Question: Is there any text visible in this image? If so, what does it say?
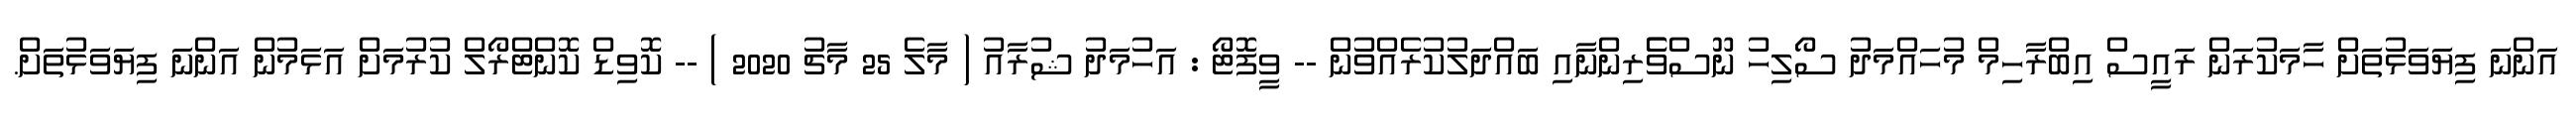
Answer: އަންނަ ފިޔަވަޅުތަށް ހާމަކުރަން ރައީސް އިބްރާހިމް މުހައްމަދު ސޯލިހު ނޫސްވެެރިންނާއި ބައްދަލުކުރެއްވުން -- ވީފޮޓޯ : އަހުމަދު ޝުރާއު ( މާލެ 25 މާޗު 2020 ) -- ކޮވިޑް ކޮންޓްރޯލް ކުރުމަށް އަޅަމުން އަންނަ ފިޔަވަޅުތަށް.